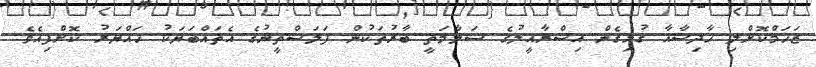
ޒަޚަމްކޮށްލި ހާދިސާއާ ގުޅިގެން އިސްރާއީލުގެ ސަލާމަތީ ބާރުތަކުން ފަލަސްތީނުގެ އެތައްބަޔަކު ހައްޔަރު ކޮށްފިއެވެ.